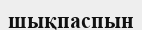
шықпаспын